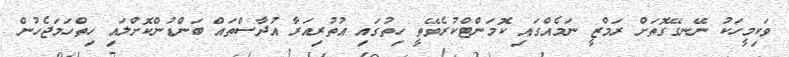
ވަކިމީހަކު ނޭނގޭގޮތަށް ރަމްޒީ ނަމެއްގައި ކޮމަންޓްކުރެވޭތީ ހިތުގައި އުތުރިއަރާ އުދާސްތައް ބަންޑުންކޮށްލައި ހިތްހަމަޖެހުން